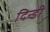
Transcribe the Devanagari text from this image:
दिन्डी